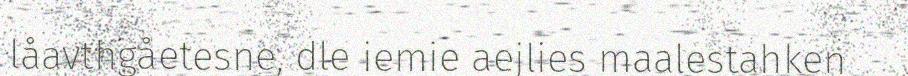
låavthgåetesne, dle iemie aejlies maalestahken